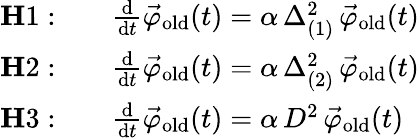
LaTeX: \begin{array}{rl}{{\mathbf H1:}}&{\quad\frac{\mathrm{d}}{\mathrm{d}t}\vec{\varphi}_{\mathrm{old}}(t)=\alpha\, \Delta_{(1)}^{2}\, \vec{\varphi}_{\mathrm{old}}(t)}\\ {{\mathbf H2:}}&{\quad\frac{\mathrm{d}}{\mathrm{d}t}\vec{\varphi}_{\mathrm{old}}(t)=\alpha\, \Delta_{(2)}^{2}\, \vec{\varphi}_{\mathrm{old}}(t)}\\ {{\mathbf H3:}}&{\quad\frac{\mathrm{d}}{\mathrm{d}t}\vec{\varphi}_{\mathrm{old}}(t)=\alpha\, D^{2}\, \vec{\varphi}_{\mathrm{old}}(t)}\end{array}